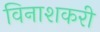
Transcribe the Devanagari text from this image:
विनाशकरी